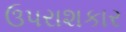
ઉપરાશકાર